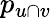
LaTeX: p_{u\cap v}